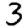
Digit: 3